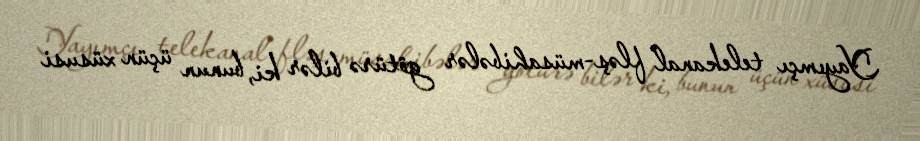
Yayımçı telekanal fləş-müsahibələr götürə bilər ki, bunun üçün xüsusi